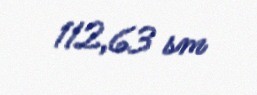
112,63 sm